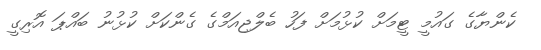
ކެންޔާގެ ގައުމީ ޓީމަށް ކުޅުމަށް ފަހު ބެލްޖިއަމްގެ ގެންކަށް ކުޅުނު ބައްޕަ އޮރިގީ